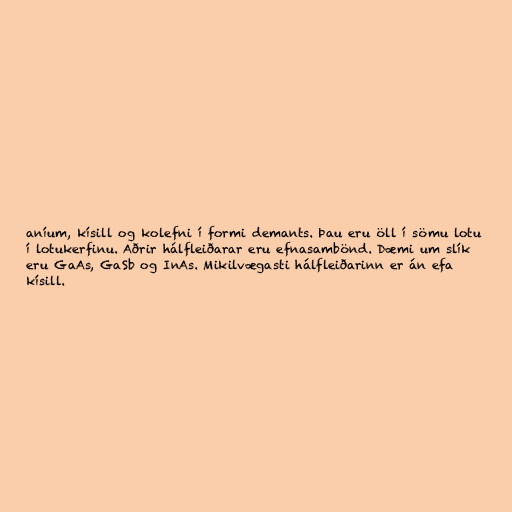
aníum, kísill og kolefni í formi demants. Þau eru öll í sömu lotu
í lotukerfinu. Aðrir hálfleiðarar eru efnasambönd. Dæmi um slík
eru GaAs, GaSb og InAs. Mikilvægasti hálfleiðarinn er án efa
kísill.